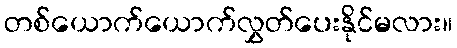
တစ်ယောက်ယောက်လွှတ်ပေးနိုင်မလား။